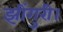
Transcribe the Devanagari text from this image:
झींगुरी।